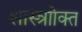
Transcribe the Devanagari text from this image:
शास्त्राोक्त